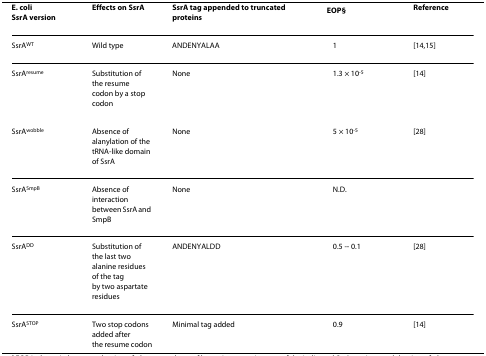
<table><thead><tr><td><b>E. coliSsrA version</b></td><td><b>Effects on SsrA</b></td><td colspan="2"><b>SsrA tag appended to truncated proteins</b></td><td><b>EOP<sup>§</sup></b></td><td><b>Reference</b></td></tr></thead><tbody><tr><td>SsrA<sup>WT</sup></td><td>Wild type</td><td colspan="2">ANDENYALAA</td><td>1</td><td>[14,15]</td></tr><tr><td>SsrA<sup>resume</sup></td><td>Substitution of the resumecodon by a stop codon</td><td colspan="2">None</td><td>1.3 × 10<sup>-5</sup></td><td>[14]</td></tr><tr><td>SsrA<sup>wobble</sup></td><td>Absence of alanylation of the tRNA-like domain of SsrA</td><td colspan="2">None</td><td>5 × 10<sup>-5</sup></td><td>[28]</td></tr><tr><td>SsrA<sup>SmpB</sup></td><td>Absence of interaction between SsrA and SmpB</td><td colspan="2">None</td><td>N.D.</td><td></td></tr><tr><td>SsrA<sup>DD</sup></td><td>Substitution of the last twoalanine residues of the tagby two aspartate residues</td><td colspan="2">ANDENYALDD</td><td>0.5 -- 0.1</td><td>[28]</td></tr><tr><td>SsrA<sup>STOP</sup></td><td>Two stop codons added afterthe resume codon</td><td colspan="2">Minimal tag added</td><td>0.9</td><td>[14]</td></tr></tbody></table>